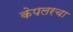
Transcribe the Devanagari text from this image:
केपलरचा